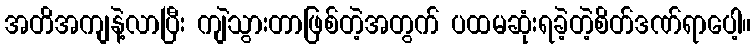
အတိအကျနဲ့လာပြီး ကျဲသွားတာဖြစ်တဲ့အတွက် ပထမဆုံးရခဲ့တဲ့စိတ်ဒဏ်ရာပေါ့။